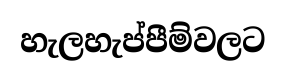
හැලහැප්පීම්වලට